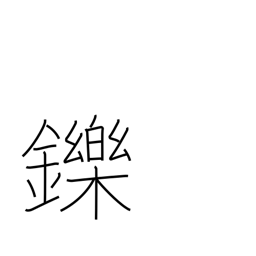
Meaning: be charmed